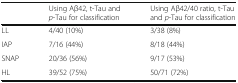
<table><thead><tr><td></td><td><b>Using Aβ42, t-Tau and <i>p</i>-Tau for classification</b></td><td><b>Using Aβ42/40 ratio, t-Tau and <i>p</i>-Tau for classification</b></td></tr></thead><tbody><tr><td>LL</td><td>4/40 (10%)</td><td>3/38 (8%)</td></tr><tr><td>IAP</td><td>7/16 (44%)</td><td>8/18 (44%)</td></tr><tr><td>SNAP</td><td>20/36 (56%)</td><td>9/17 (53%)</td></tr><tr><td>HL</td><td>39/52 (75%)</td><td>50/71 (72%)</td></tr></tbody></table>